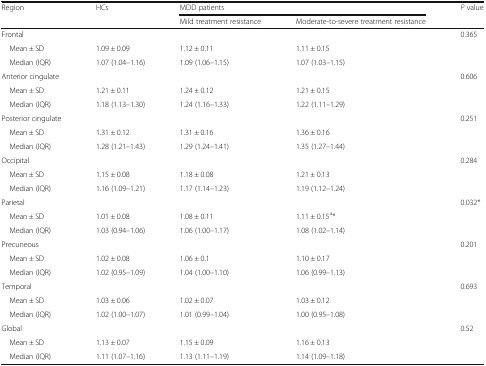
<table><thead><tr><td rowspan="2"><b>Region</b></td><td rowspan="2"><b>HCs</b></td><td colspan="2"><b>MDD patients</b></td><td rowspan="2"><b><i>P</i> value</b></td></tr><tr><td><b>Mild treatment resistance</b></td><td><b>Moderate-to-severe treatment resistance</b></td></tr></thead><tbody><tr><td>Frontal</td><td></td><td></td><td></td><td>0.365</td></tr><tr><td> Mean ± SD</td><td>1.09 ± 0.09</td><td>1.12 ± 0.11</td><td>1.11 ± 0.15</td><td></td></tr><tr><td> Median (IQR)</td><td>1.07 (1.04–1.16)</td><td>1.09 (1.06–1.15)</td><td>1.07 (1.03–1.15)</td><td></td></tr><tr><td>Anterior cingulate</td><td></td><td></td><td></td><td>0.606</td></tr><tr><td> Mean ± SD</td><td>1.21 ± 0.11</td><td>1.24 ± 0.12</td><td>1.21 ± 0.15</td><td></td></tr><tr><td> Median (IQR)</td><td>1.18 (1.13–1.30)</td><td>1.24 (1.16–1.33)</td><td>1.22 (1.11–1.29)</td><td></td></tr><tr><td>Posterior cingulate</td><td></td><td></td><td></td><td>0.251</td></tr><tr><td> Mean ± SD</td><td>1.31 ± 0.12</td><td>1.31 ± 0.16</td><td>1.36 ± 0.16</td><td></td></tr><tr><td> Median (IQR)</td><td>1.28 (1.21–1.43)</td><td>1.29 (1.24–1.41)</td><td>1.35 (1.27–1.44)</td><td></td></tr><tr><td>Occipital</td><td></td><td></td><td></td><td>0.284</td></tr><tr><td> Mean ± SD</td><td>1.15 ± 0.08</td><td>1.18 ± 0.08</td><td>1.21 ± 0.13</td><td></td></tr><tr><td> Median (IQR)</td><td>1.16 (1.09–1.21)</td><td>1.17 (1.14–1.23)</td><td>1.19 (1.12–1.24)</td><td></td></tr><tr><td>Parietal</td><td></td><td></td><td></td><td>0.032*</td></tr><tr><td> Mean ± SD</td><td>1.01 ± 0.08</td><td>1.08 ± 0.11</td><td>1.11 ± 0.15<sup>a</sup>*</td><td></td></tr><tr><td> Median (IQR)</td><td>1.03 (0.94–1.06)</td><td>1.06 (1.00–1.17)</td><td>1.08 (1.02–1.14)</td><td></td></tr><tr><td>Precuneous</td><td></td><td></td><td></td><td>0.201</td></tr><tr><td> Mean ± SD</td><td>1.02 ± 0.08</td><td>1.06 ± 0.1</td><td>1.10 ± 0.17</td><td></td></tr><tr><td> Median (IQR)</td><td>1.02 (0.95–1.09)</td><td>1.04 (1.00–1.10)</td><td>1.06 (0.99–1.13)</td><td></td></tr><tr><td>Temporal</td><td></td><td></td><td></td><td>0.693</td></tr><tr><td> Mean ± SD</td><td>1.03 ± 0.06</td><td>1.02 ± 0.07</td><td>1.03 ± 0.12</td><td></td></tr><tr><td> Median (IQR)</td><td>1.02 (1.00–1.07)</td><td>1.01 (0.99–1.04)</td><td>1.00 (0.95–1.08)</td><td></td></tr><tr><td>Global</td><td></td><td></td><td></td><td>0.52</td></tr><tr><td> Mean ± SD</td><td>1.13 ± 0.07</td><td>1.15 ± 0.09</td><td>1.16 ± 0.13</td><td></td></tr><tr><td> Median (IQR)</td><td>1.11 (1.07–1.16)</td><td>1.13 (1.11–1.19)</td><td>1.14 (1.09–1.18)</td><td></td></tr></tbody></table>